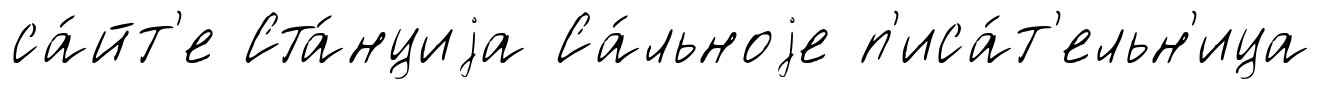
са́йт'е Ста́нциjа Са́льноjе п'иса́т'ельн'ица